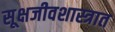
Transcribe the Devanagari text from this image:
सूक्षजीवशास्त्रात